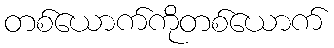
တစ်ယောက်ကိုတစ်ယောက်